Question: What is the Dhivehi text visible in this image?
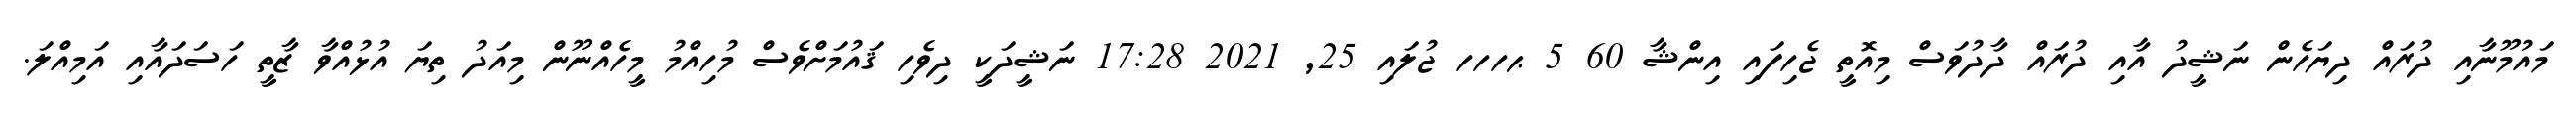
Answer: މައުމޫނާއި ދުރައް ދިޔަހެން ނަޝީދު އާއި ދުރައް ދާދުވަސް މިއޮތީ ޖެހިފައި އިންޝާ 60 5 ޙހހހ ޖުލައި 25, 2021 17:28 ނަޝީދަކީ ދިވެހި ޤައުމަށްވެސް މުހިއްމު މީހެއްނޫން މިއަދު ތިޔަ އުޅުއްވާ ޒާތީ ހަސަދައާއި އަމިއްލަ.